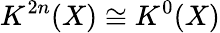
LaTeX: K^{2n}(X)\cong K^{0}(X)